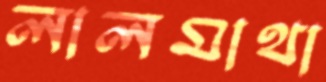
লালমাথা